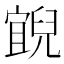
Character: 𰃓